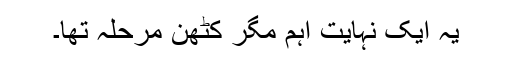
یہ ایک نہایت اہم مگر کٹھن مرحلہ تھا۔